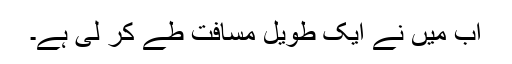
اب میں نے ایک طویل مسافت طے کر لی ہے۔